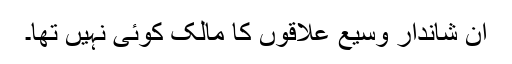
ان شاندار وسیع علاقوں کا مالک کوئی نہیں تھا۔